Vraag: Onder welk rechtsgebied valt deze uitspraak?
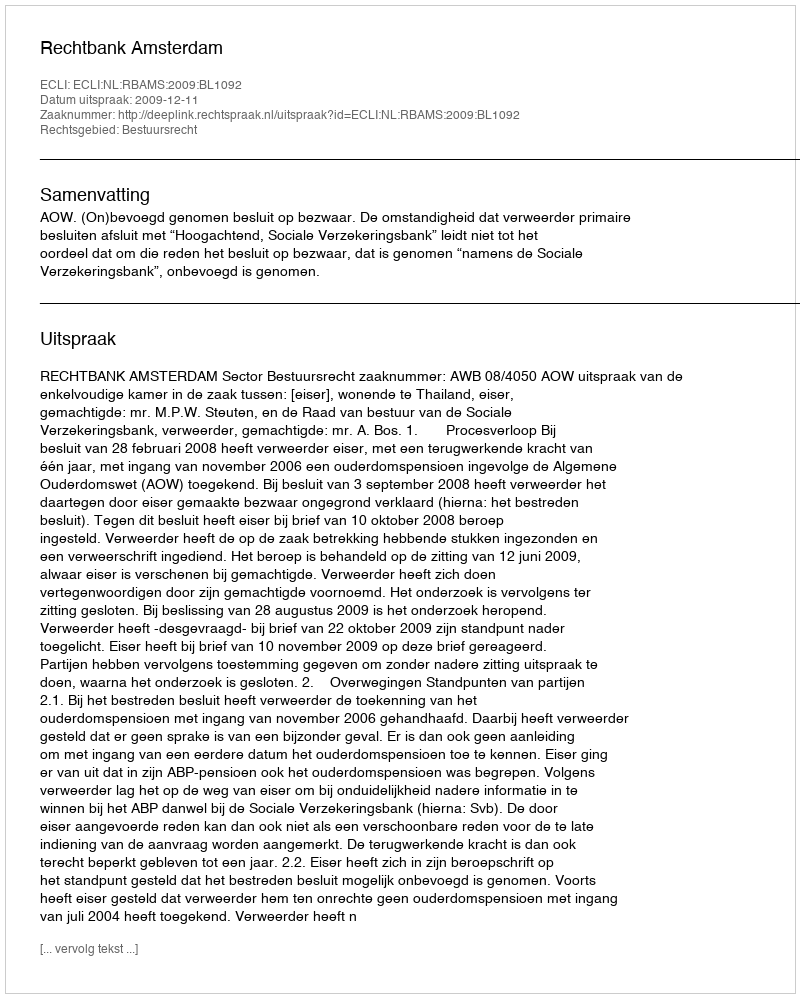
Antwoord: Bestuursrecht